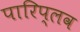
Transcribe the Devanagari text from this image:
पारिप्लव